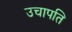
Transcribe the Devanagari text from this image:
उचापति